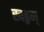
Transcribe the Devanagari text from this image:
खड्गम्